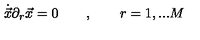
{ \dot { \vec { x } } } \partial _ { r } \vec { x } = 0 \qquad , \qquad r = 1 , . . . M